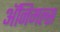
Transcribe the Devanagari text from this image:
अॅनिमल्स